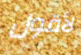
لأقول